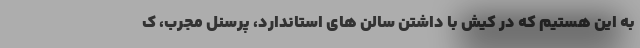
به این هستیم که در کیش با داشتن سالن های استاندارد، پرسنل مجرب، ک